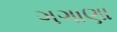
ગગાણા